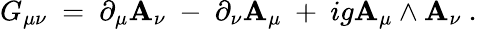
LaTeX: G_{\mu\nu}~=~\partial_{\mu}\mathbf{A}_{\nu}~-~\partial_{\nu}\mathbf{A}_{\mu}~+~ig\mathbf{A}_{\mu}\wedge\mathbf{A}_{\nu}~.